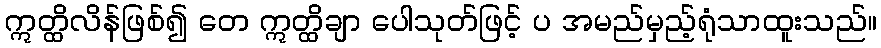
ဣတ္ထိလိန်ဖြစ်၍ တေ ဣတ္ထိချာ ပေါသုတ်ဖြင့် ပ အမည်မှည့်ရုံသာထူးသည်။